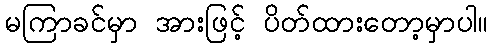
မကြာခင်မှာ အားဖြင့် ပိတ်ထားတော့မှာပါ။